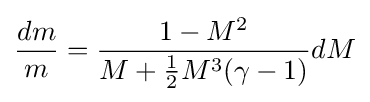
{\frac {dm}{m}}={\frac {1-M^{2}}{M+{\frac {1}{2}}M^{3}(\gamma -1)}}dM